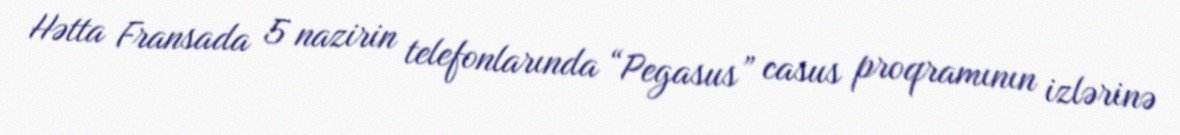
Hətta Fransada 5 nazirin telefonlarında “Pegasus” casus proqramının izlərinə